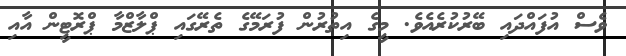
ވެސް އުފައްދައި ބޭރުކުރެއެވެ. މީގެ އިތުރުން ފުރަމޭގެ ތެރޭގައި ޕްލާޒްމާ ޕްރޮޓީން އާއި